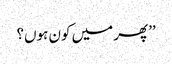
’’پھر میں کون ہوں؟